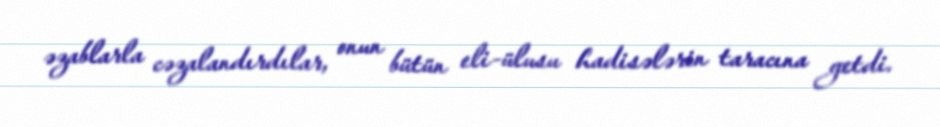
əzablarla cəzalandırdılar, onun bütün eli-ülusu hadisələrin taracına getdi.